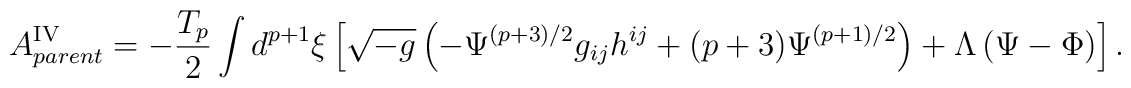
A^{{\rm IV}}_{parent}=-\frac{T_p}{2}\int d^{p+1}{\xi}\left[\sqrt{-g}\left(-{\Psi}^{(p+3)/2}g_{ij}h^{ij}+(p+3){\Psi}^{(p+1)/2}\right)+{\Lambda}\left({\Psi}-{\Phi}\right)\right].